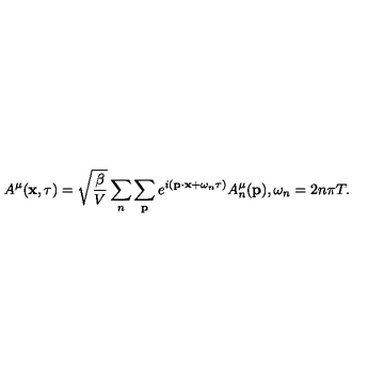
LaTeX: A ^ { \mu } ( { \bf x } , \tau ) = \sqrt { \frac { \beta } { V } } \sum _ { n } \sum _ { { \bf p } } e ^ { i ( { \bf p } \cdot { \bf x } + \omega _ { n } \tau ) } A _ { n } ^ { \mu } ( { \bf p } ) , \omega _ { n } = 2 n \pi T .